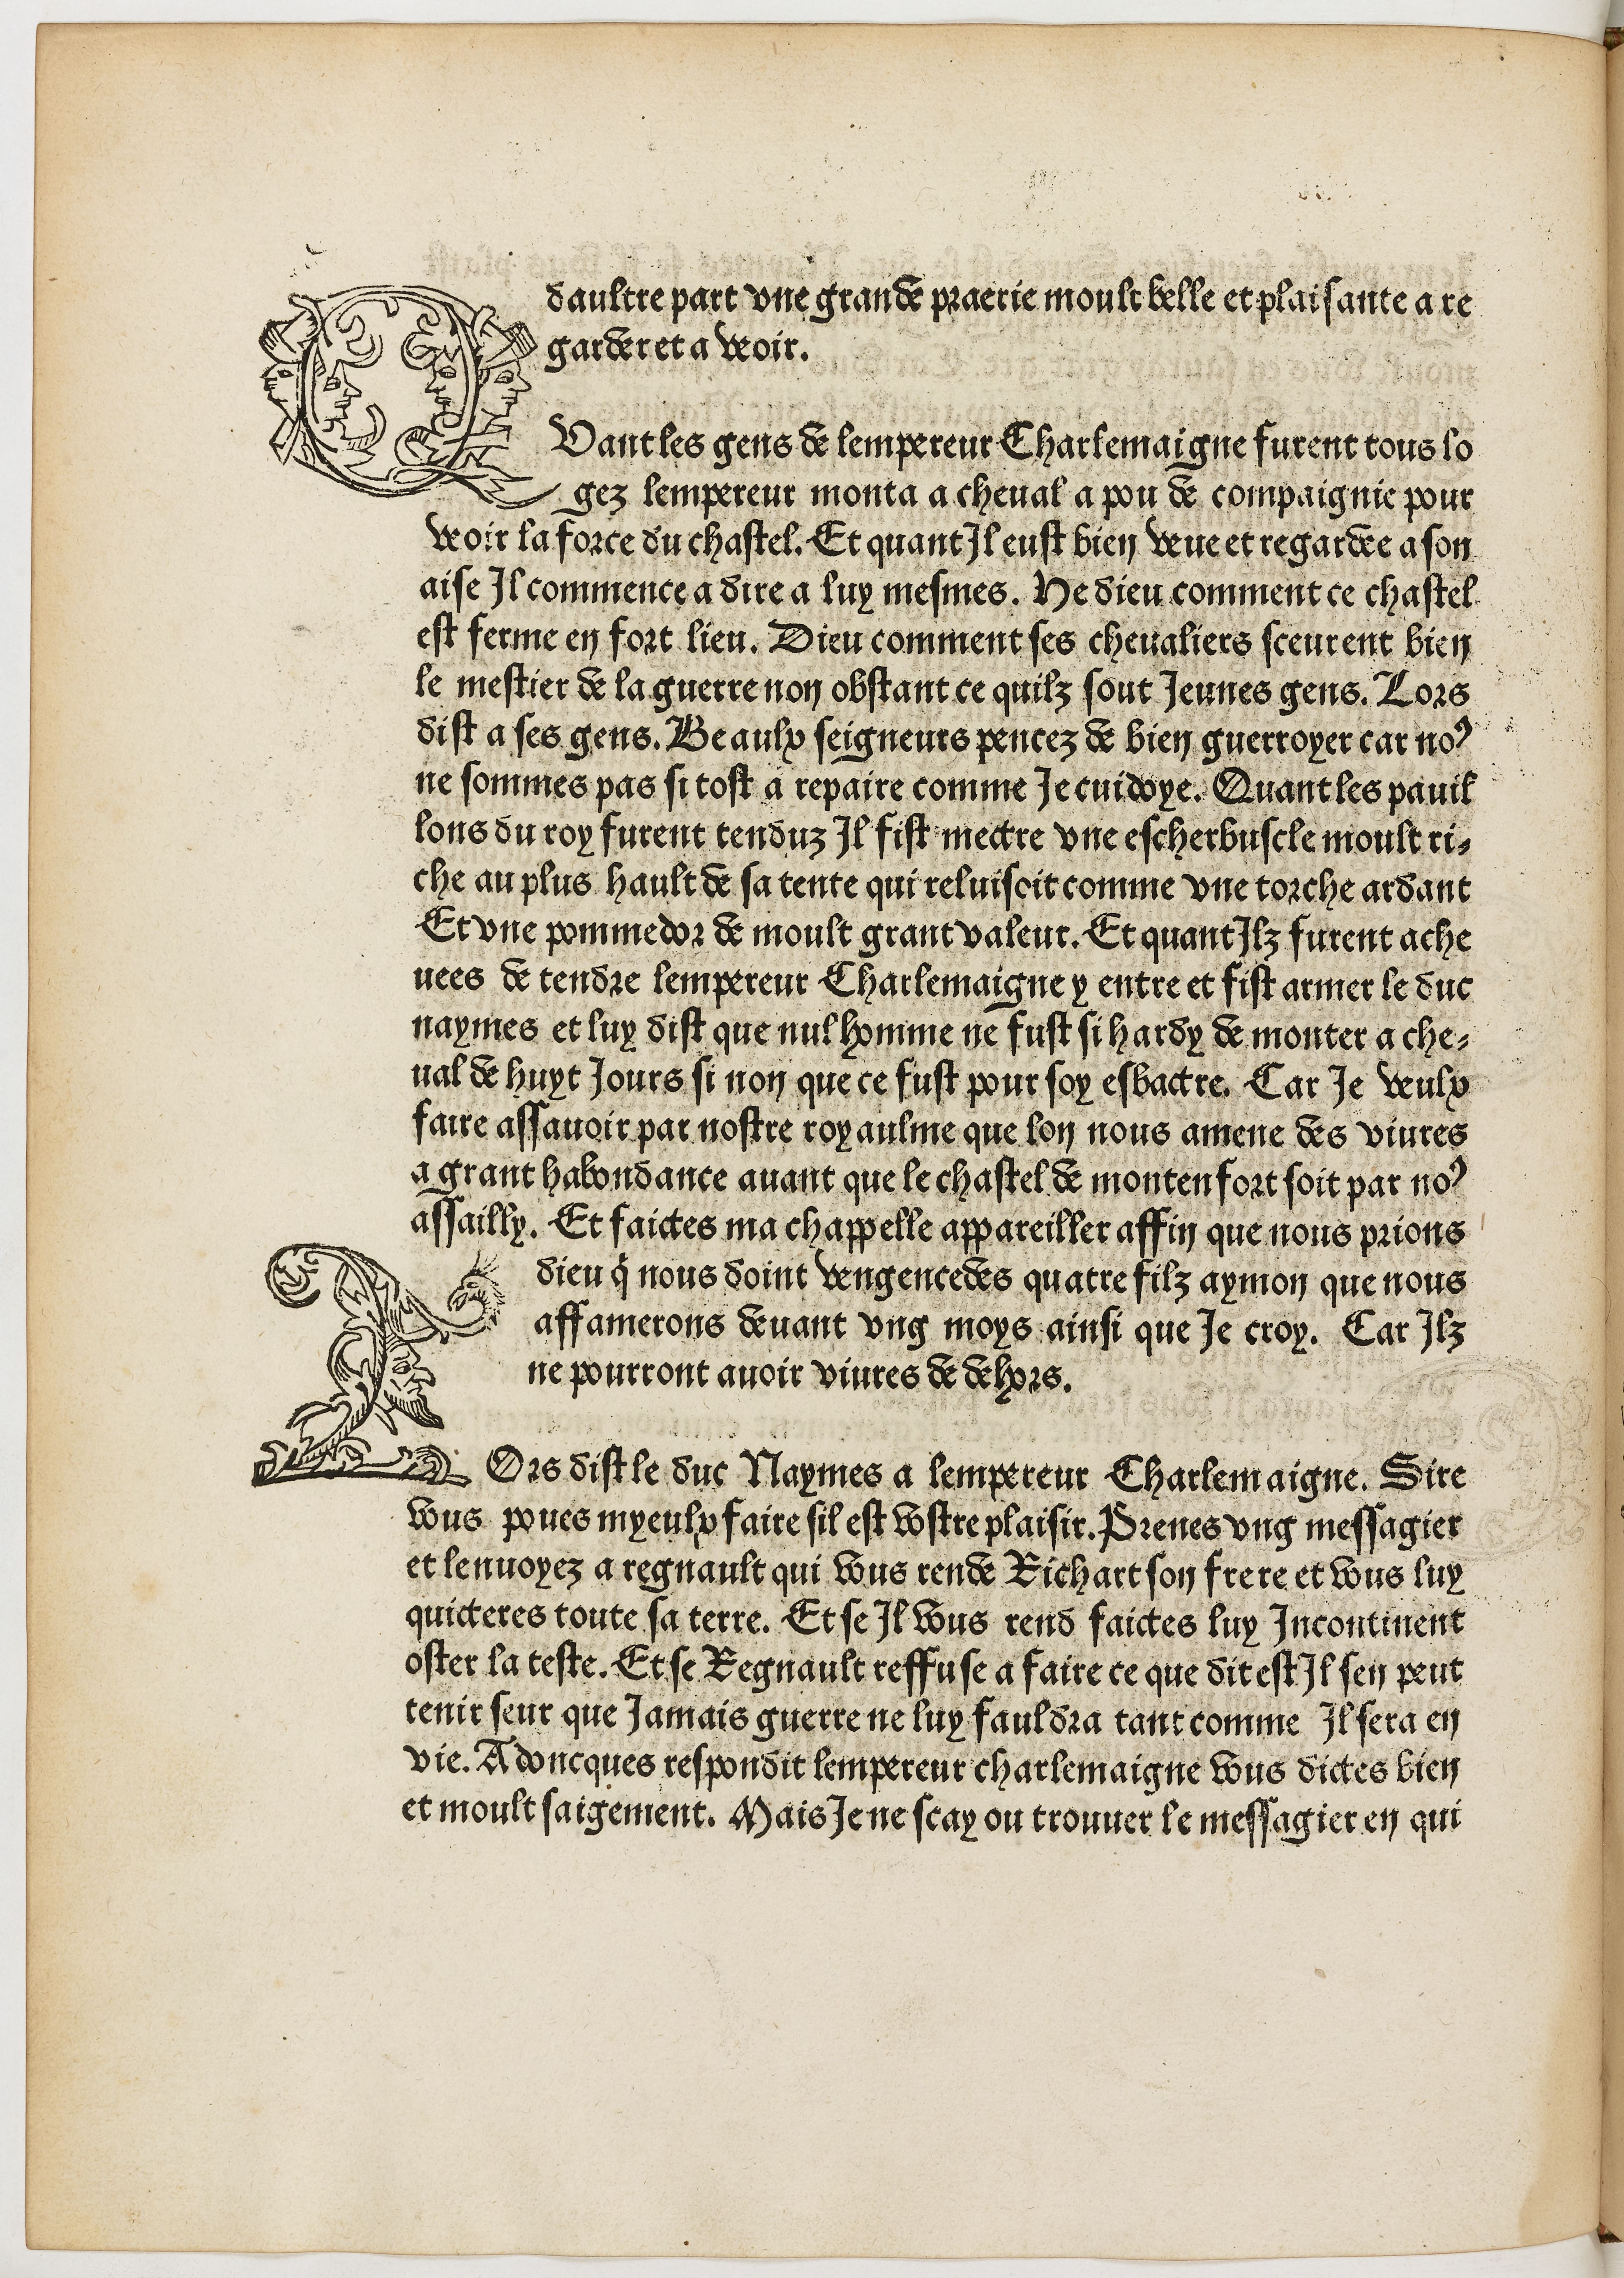
Shelfmark: Paris, BnF, Rés. Y2-364
Century: 15